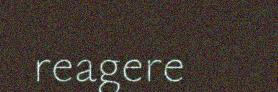
reagere